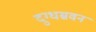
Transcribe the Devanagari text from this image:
दुग्धस्रवन